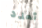
تعدد